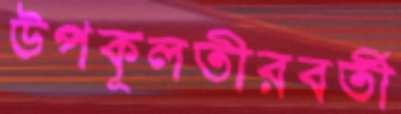
উপকূলতীরবর্তী